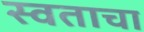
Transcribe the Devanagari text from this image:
स्वताचा